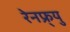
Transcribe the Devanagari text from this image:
रेनफ्र्यु